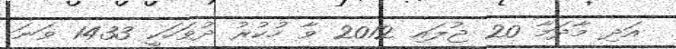
އަދި މާދަމާ 20 ޖުލައި 2012 ވާ ހުކުރު ދުވަހަކީ 1433 ވަނަ